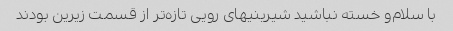
با سلام‌و خسته نباشید شیرینیهای رویی تازه‌تر از قسمت زیرین بودند